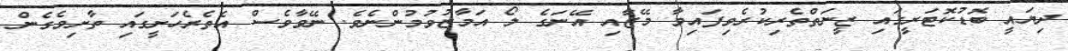
ދިޔައީ ބޮޑުކޮޓަރީގައި ޒީނަތްތެރިކުރެވިފައިވާ މޭޒާއި އޭނަގެ ލޯ އަމާޒުވުމުންނެވެ. ނޭވާވެސް އެތެރެހަށީގައި ތާށިވެގެން